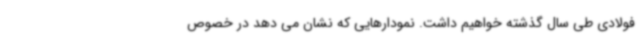
فولادی طی سال گذشته خواهیم داشت. نمودارهایی که نشان می دهد در خصوص